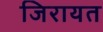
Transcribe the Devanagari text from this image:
जिरायत